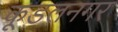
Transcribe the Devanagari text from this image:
कूडलनगर